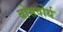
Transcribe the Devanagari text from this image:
बोसवोर्थ